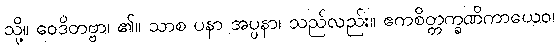
သို့။ ဝေဒိတဗ္ဗာ၊ ၏။ သာစ ပနာ အပ္ပနာ၊ သည်လည်း။ ဧကစိတ္တက္ခဏိကာယေဝ၊